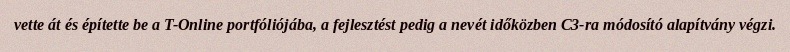
vette át és építette be a T-Online portfóliójába, a fejlesztést pedig a nevét időközben C3-ra módosító alapítvány végzi.